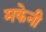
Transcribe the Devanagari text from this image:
मकेनी